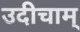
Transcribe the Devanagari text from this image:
उदीचाम्